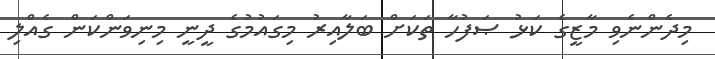
މިދެންނެވި މާޒީގެ ކަޅު ޞަފުހާ ތަކަށް ބަލާއިރު މިގައުމުގެ ދީނީ މިނިވަންކަން ގެއްލި